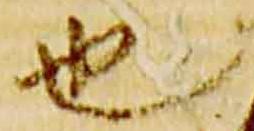
也